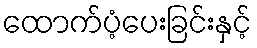
ထောက်ပံ့ပေးခြင်းနှင့်